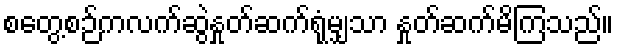
စတွေ့စဉ်ကလက်ဆွဲနှုတ်ဆက်ရုံမျှသာ နှုတ်ဆက်မိကြသည်။